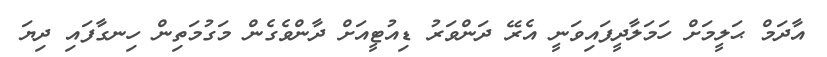
އާދަމް ޙަލީމަށް ހަމަލާދީފައިވަނީ އެރޭ ދަންވަރު ޑިއުޓީއަށް ދާންވެގެން މަގުމަތިން ހިނގާފައި ދިޔަ